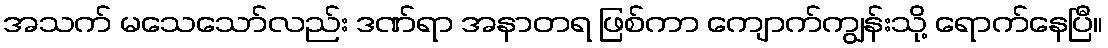
အသက် မသေသော်လည်း ဒဏ်ရာ အနာတရ ဖြစ်ကာ ကျောက်ကျွန်းသို့ ရောက်နေပြီ။